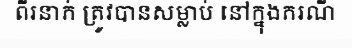
ពីរនាក់ ត្រូវបានសម្លាប់ នៅក្នុងករណី